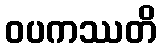
ဝပကဿတိ